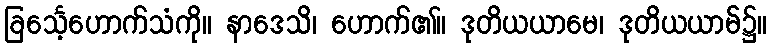
ခြင်္သေ့ဟောက်သံကို။ နာဒေသိ၊ ဟောက်၏။ ဒုတိယယာမေ၊ ဒုတိယယာမ်၌။